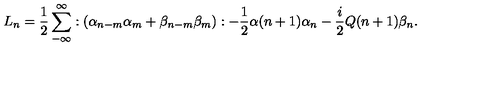
L _ { n } = \frac { 1 } { 2 } \sum _ { - \infty } ^ { \infty } : ( \alpha _ { n - m } \alpha _ { m } + \beta _ { n - m } \beta _ { m } ) : - \frac { 1 } { 2 } \alpha ( n + 1 ) \alpha _ { n } - \frac { i } { 2 } Q ( n + 1 ) \beta _ { n } .